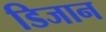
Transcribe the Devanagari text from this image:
डिजान